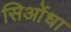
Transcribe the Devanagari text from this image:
सिओंधा